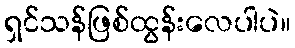
ရှင်သန်ဖြစ်ထွန်းလေပါပဲ။